Applicability to medico-legal practice in India of the biochemical tests for the origin of blood-stains - Number 39
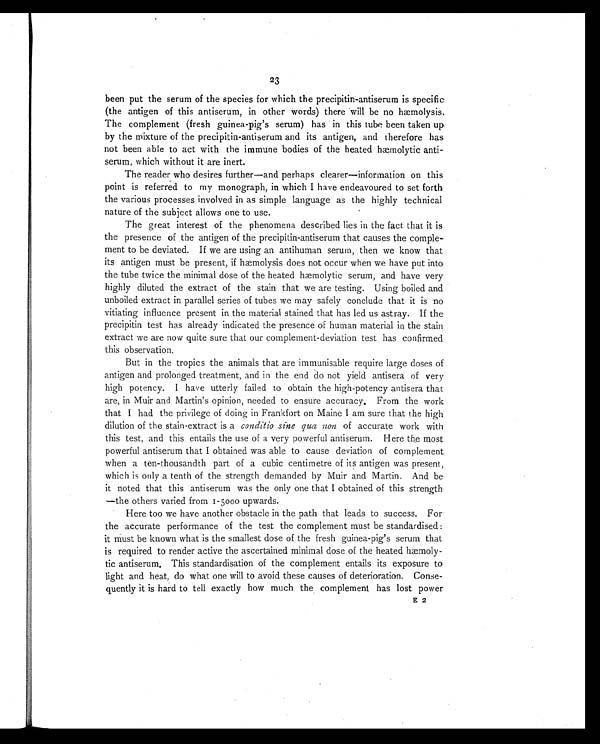
23
been put the serum of the species for which the precipitin-antiserum is specific
(the antigen of this antiserum, in other words) there will be no hæmolysis.
The complement (fresh guinea-pig's serum) has in this tube been taken up
by the mixture of the precipitin-antiserum and its antigen, and therefore has
not been able to act with the immune bodies of the heated hæmolytic anti-
serum, which without it are inert.
The reader who desires further—and perhaps clearer—information on this
point is referred to my monograph, in which I have endeavoured to set forth
the various processes involved in as simple language as the highly technical
nature of the subject allows one to use.
The great interest of the phenomena described lies in the fact that it is
the presence of the antigen of the precipitin-antiserum that causes the comple-
ment to be deviated. If we are using an antihuman serum, then we know that
its antigen must be present, if hæmolysis does not occur when we have put into
the tube twice the minimal dose of the heated hæmolytic serum, and have very
highly diluted the extract of the stain that we are testing. Using boiled and
unboiled extract in parallel series of tubes we may safely conclude that it is no
vitiating influence present in the material stained that has led us astray. If the
precipitin test has already indicated the presence of human material in the stain
extract we are now quite sure that our complement-deviation test has confirmed
this observation.
But in the tropics the animals that are immunisable require large doses of
antigen and prolonged treatment, and in the end do not yield antisera of very
high potency. I have utterly failed to obtain the high-potency antisera that
are, in Muir and Martin's opinion, needed to ensure accuracy. From the work
that I had the privilege of doing in Frankfort on Maine I am sure that the high
dilution of the stain-extract is a conditio sine qua non of accurate work with
this test, and this entails the use of a very powerful antiserum. Here the most
powerful antiserum that I obtained was able to cause deviation of complement
when a ten-thousandth part of a cubic centimetre of its antigen was present,
which is only a tenth of the strength demanded by Muir and Martin. And be
it noted that this antiserum was the only one that I obtained of this strength
—the others varied from 1-5000 upwards.
Here too we have another obstacle in the path that leads to success. For
the accurate performance of the test the complement must be standardised:
it must be known what is the smallest dose of the fresh guinea-pig's serum that
is required to render active the ascertained minimal dose of the heated hæmoly-
tic antiserum. This standardisation of the complement entails its exposure to
light and heat, do what one will to avoid these causes of deterioration. Conse-
quently it is hard to tell exactly how much the complement has lost power
E 2